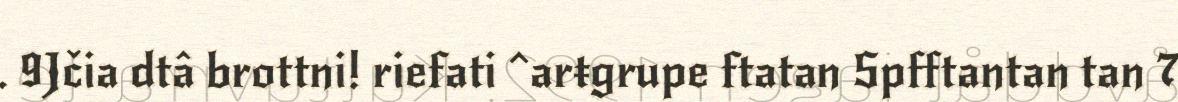
. 9Jčia dtâ brottni! riefati ^arŧgrupe ftatan Spfftantan tan 7